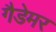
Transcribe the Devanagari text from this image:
गैडेमर